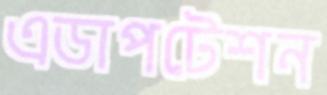
এডাপটেশন